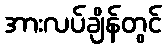
အားလပ်ချိန်တွင်